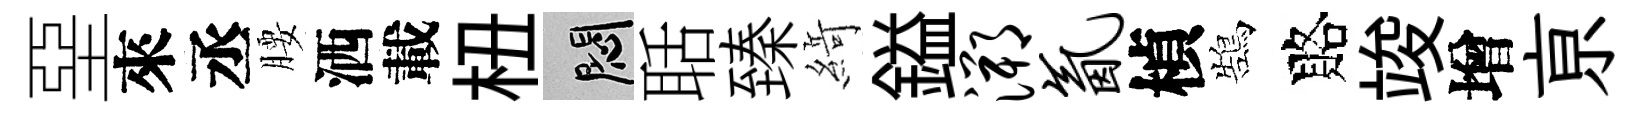
堊來丞腰洒載杻悶聒臻𦂶鎰溯氤楨鵠賂竣增亰